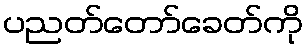
ပညတ်တော်ခေတ်ကို